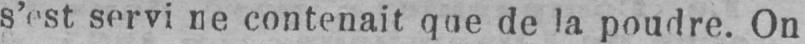
s’est servi ne contenait que de la poudre. On